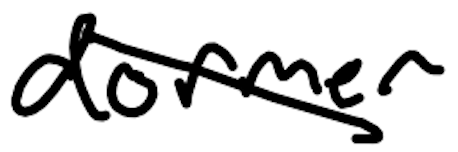
Text: dormer
Cross-out: diagonal
Writing tool: digital_black